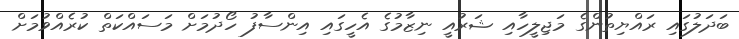
ބަދަލުގައި ރައްޔިތުންގެ މަޖިލީހާއި ޝަރުއީ ނިޒާމުގެ އެހީގައި އިންސާފު ހޯދުމަށް މަސައްކަތް ކުރެއްވުމަށް